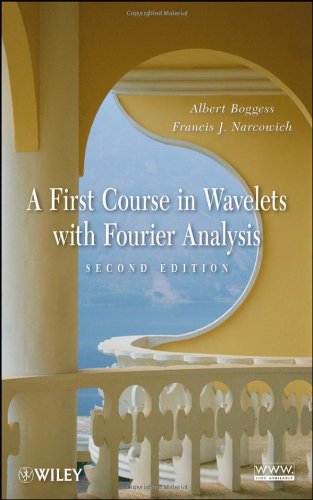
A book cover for A First Course in Wavelets with Fourier Analysis; Albert Boggess; Science & Math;